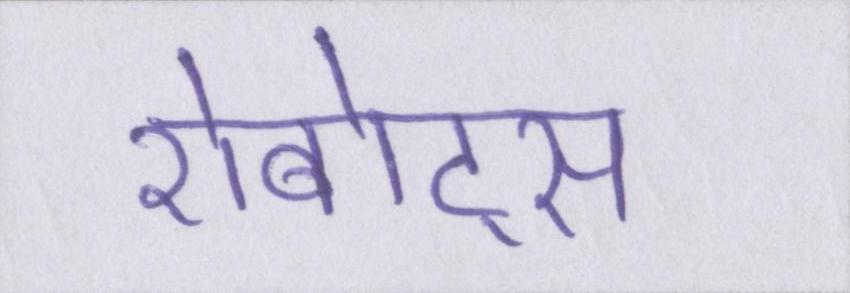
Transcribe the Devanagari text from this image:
रोबोट्स